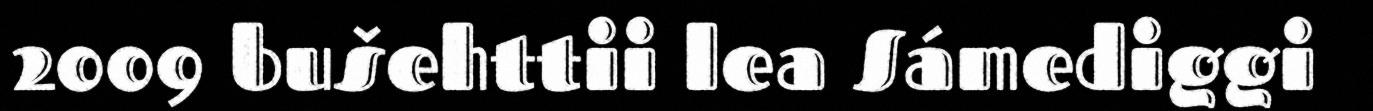
2009 bušehttii lea Sámediggi